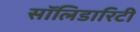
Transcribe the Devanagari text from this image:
सॉलिडारिटी